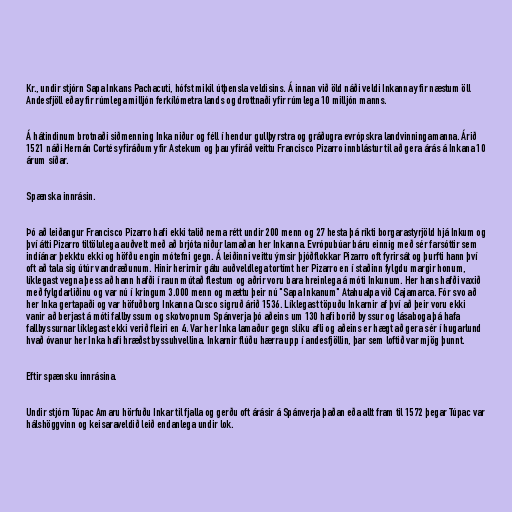
Kr., undir stjórn Sapa Inkans Pachacuti, hófst mikil útþensla veldisins. Á innan við öld náði veldi Inkanna yfir næstum öll
Andesfjöll eða yfir rúmlega milljón ferkílómetra lands og drottnaði yfir rúmlega 10 milljón manns.

Á hátindinum brotnaði siðmenning Inka niður og féll í hendur gullþyrstra og gráðugra evrópskra landvinningamanna. Árið
1521 náði Hernán Cortés yfiráðum yfir Astekum og þau yfiráð veittu Francisco Pizarro innblástur til að gera árás á Inkana 10
árum síðar.

Spænska innrásin.

Þó að leiðangur Francisco Pizarro hafi ekki talið nema rétt undir 200 menn og 27 hesta þá ríkti borgarastyrjöld hjá Inkum og
því átti Pizarro tiltölulega auðvelt með að brjóta niður lamaðan her Inkanna. Evrópubúar báru einnig með sér farsóttir sem
indíánar þekktu ekki og höfðu engin mótefni gegn. Á leiðinni veittu ýmsir þjóðflokkar Pizarro oft fyrirsát og þurfti hann því
oft að tala sig útúr vandræðunum. Hinir herirnir gátu auðveldlega tortímt her Pizarro en í staðinn fylgdu margir honum,
líklegast vegna þess að hann hafði í raun mútað flestum og aðrir voru bara hreinlega á móti Inkunum. Her hans hafði vaxið
með fylgdarliðinu og var nú í kringum 3.000 menn og mættu þeir nú "Sapa Inkanum" Atahualpa við Cajamarca. Fór svo að
her Inka gertapaði og var höfuðborg Inkanna Cusco sigruð árið 1536. Líklegast töpuðu Inkarnir af því að þeir voru ekki
vanir að berjast á móti fallbyssum og skotvopnum Spánverja þó aðeins um 130 hafi borið byssur og lásaboga þá hafa
fallbyssurnar líklegast ekki verið fleiri en 4. Var her Inka lamaður gegn slíku afli og aðeins er hægt að gera sér í hugarlund
hvað óvanur her Inka hafi hræðst byssuhvellina. Inkarnir flúðu hærra upp í andesfjöllin, þar sem loftið var mjög þunnt.

Eftir spænsku innrásina.

Undir stjórn Túpac Amaru hörfuðu Inkar til fjalla og gerðu oft árásir á Spánverja þaðan eða allt fram til 1572 þegar Túpac var
hálshöggvinn og keisaraveldið leið endanlega undir lok.